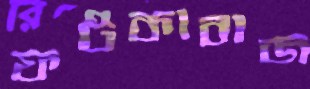
ফটকাবাজ